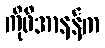
ကိုဖီအာနန်က